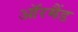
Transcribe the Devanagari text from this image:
ऑरमैंड